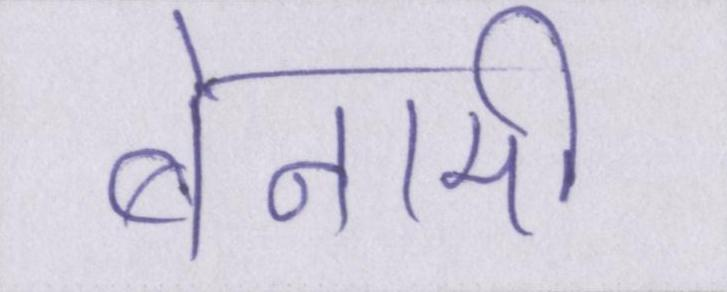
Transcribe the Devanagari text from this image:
बेनामी